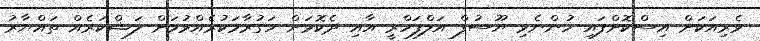
ވެރިއަކަށް އިސްކޮށްފައި ހުންނެވި ޔޫސުފް އަލްފަހްރީ އާއި ދެކޮޅަށް ހަގުރާމަކުރެއްވުމަށް ލަޝްކަރެއް ތައްޔާރު